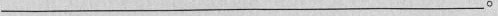
___。